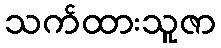
သက်ထားသူဇာ